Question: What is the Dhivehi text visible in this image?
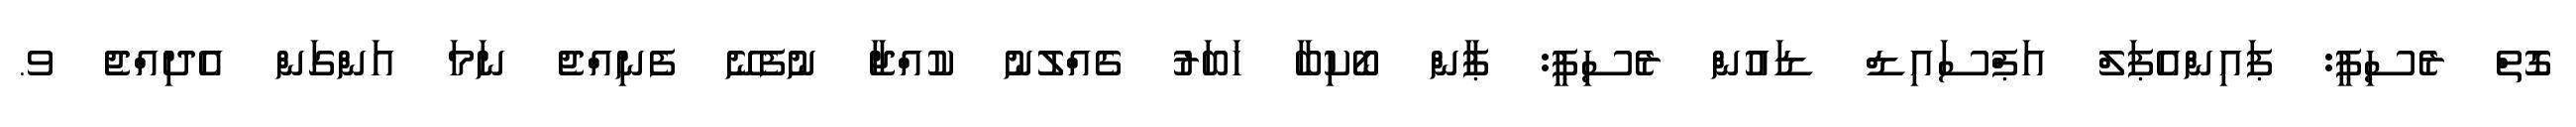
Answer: ގޮތް ރެސިޕީ: ޕައިންއެޕަލް އަޕްސައިޑް ޑައުން ރެސިޕީ: ޕާން ބޯކިބާ ޚަބަރު ގެއްލުނު ކުއްޖާ ނުފެނޭ ފެނިއްޖެ ނަމަ އަންގަން އެދިއްޖެ ވ.